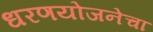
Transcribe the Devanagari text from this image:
धरणयोजनेचा